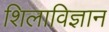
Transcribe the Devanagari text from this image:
शिलाविज्ञान